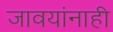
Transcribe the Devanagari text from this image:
जावयांनाही